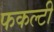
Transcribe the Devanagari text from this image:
फकल्टी